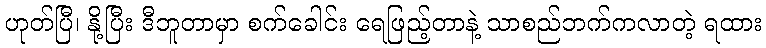
ဟုတ်ပြီ၊ နို့ပြီး ဒီဘူတာမှာ စက်ခေါင်း ရေဖြည့်တာနဲ့ သာစည်ဘက်ကလာတဲ့ ရထား